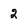
Character: 2